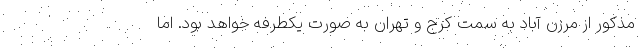
مذکور از مرزن آباد به سمت کرج و تهران به صورت یکطرفه خواهد بود. اما